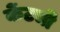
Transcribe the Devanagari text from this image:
केंटची